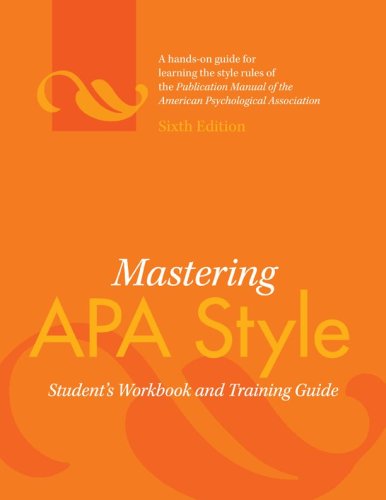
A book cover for Mastering APA Style: Student's Workbook and Training Guide; Medical Books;